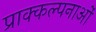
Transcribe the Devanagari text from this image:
प्राक्कल्पनाओं